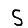
Digit: 5